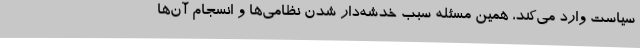
سیاست وارد می‌کند، همین مسئله سبب خدشه‌دار شدن نظامی‌ها و انسجام آن‌ها